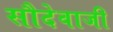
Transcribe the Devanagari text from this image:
सौदेवाजी